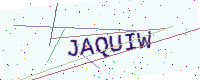
Text: JAQUIW